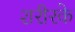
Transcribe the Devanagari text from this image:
शरीरके